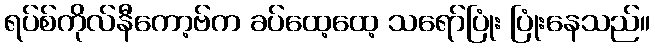
ရပ်စ်ကိုလ်နီကော့ဗ်က ခပ်ထေ့ထေ့ သရော်ပြုံး ပြုံးနေသည်။